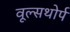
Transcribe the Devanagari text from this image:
वूल्सथोर्प